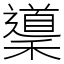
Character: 䆃